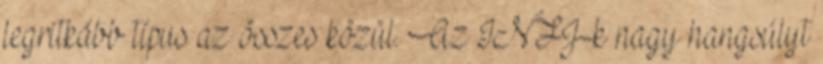
legritkább típus az összes közül. Az INFJ-k nagy hangsúlyt